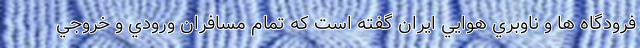
فرودگاه ها و ناوبري هوايي ايران گفته است که تمام مسافران ورودي و خروجي